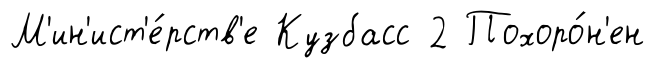
М'ин'ист'е́рств'е Кузбасс 2 Похоро́н'ен